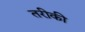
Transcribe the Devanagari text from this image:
तरीकी